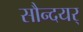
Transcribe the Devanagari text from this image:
सौन्दयर्